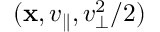
( \mathbf { x } , v _ { \parallel } , v _ { \perp } ^ { 2 } / 2 )